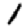
Digit: 1